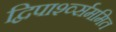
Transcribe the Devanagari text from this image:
द्विपार्श्व्सममित